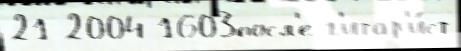
21 2004 1603посл'е г'итар'и́ст